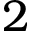
2